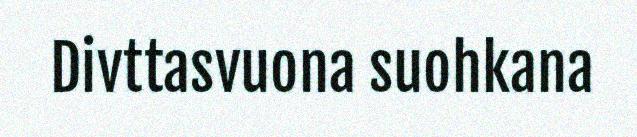
Divttasvuona suohkana